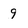
Character: 9